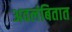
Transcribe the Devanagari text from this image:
अवलंबितात